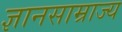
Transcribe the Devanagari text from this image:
ज्ञानसाम्राज्य